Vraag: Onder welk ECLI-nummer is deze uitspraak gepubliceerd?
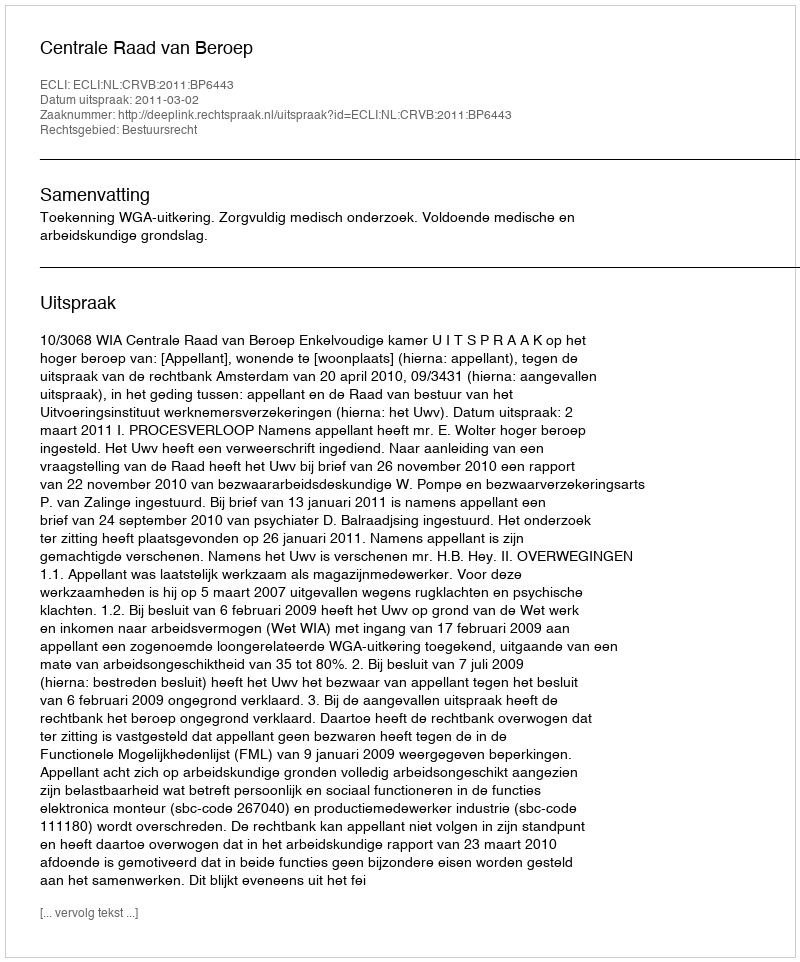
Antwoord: ECLI:NL:CRVB:2011:BP6443